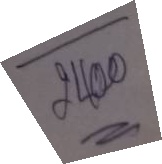
-------
 2400
=====